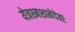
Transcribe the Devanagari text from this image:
येत्रश्मशानेदेवाः